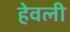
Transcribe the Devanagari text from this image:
हेवली